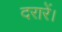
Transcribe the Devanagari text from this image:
दरारें।